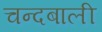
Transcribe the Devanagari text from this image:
चन्दबाली